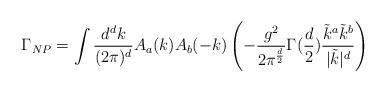
LaTeX: \begin{align*}\Gamma_{NP} = \int {d^d k \over (2 \pi)^d} A_a(k) A_b(-k) \left( - {g^2\over 2 \pi^{d \over 2} } \Gamma({d \over 2}) {\tilde{k}^a\tilde{k}^b \over |\tilde{k}|^d} \right)\end{align*}